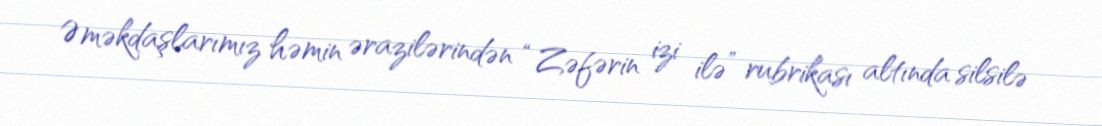
Əməkdaşlarımız həmin ərazilərindən “Zəfərin izi ilə” rubrikası altında silsilə